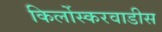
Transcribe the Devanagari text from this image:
किर्लोस्करवाडीस